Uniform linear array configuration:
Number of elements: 12
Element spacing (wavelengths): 0.25
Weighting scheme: binomial
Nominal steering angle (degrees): -30
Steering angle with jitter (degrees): -31.739
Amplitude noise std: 0.05
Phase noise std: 0.05

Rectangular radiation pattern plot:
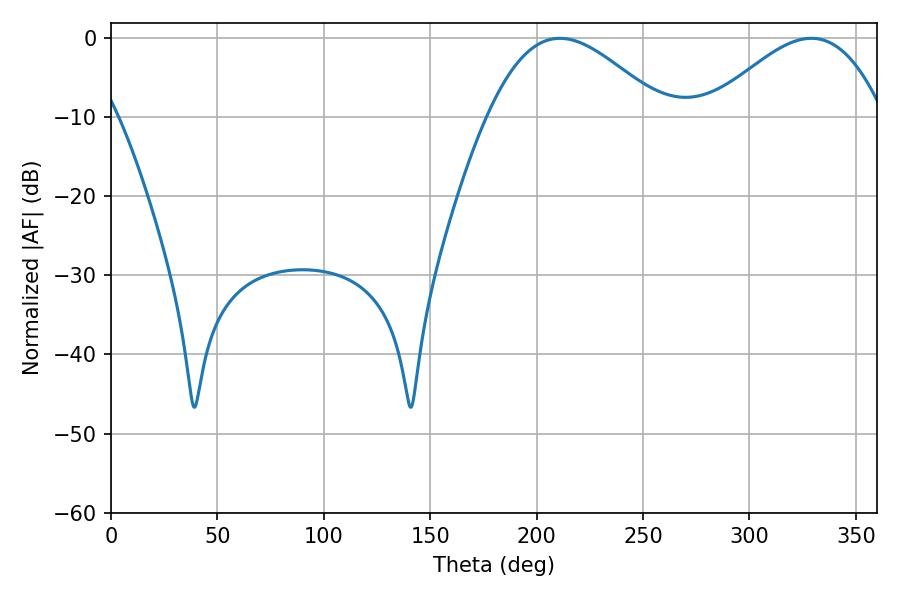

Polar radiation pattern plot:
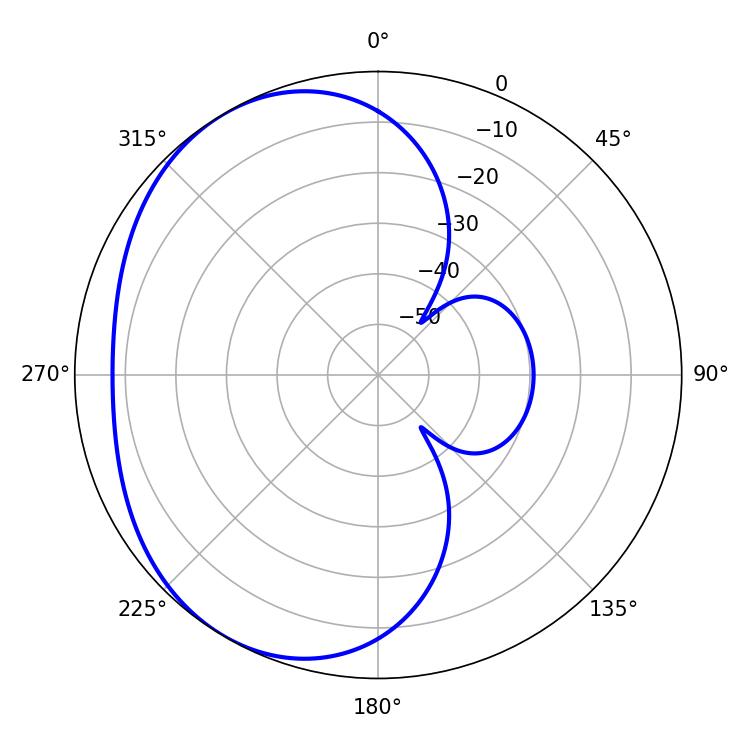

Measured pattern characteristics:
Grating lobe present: FALSE
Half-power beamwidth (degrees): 44.46
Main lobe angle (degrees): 210.96